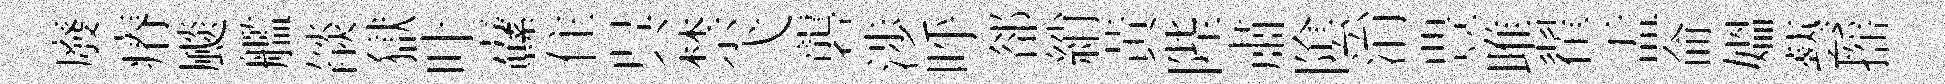
廢瘠颷艦燄獄叶纛住呉禁弋礱渉呼郤綃黃陛肅隂㳙豊雎翟盂侖媪藝摇